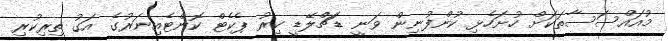
މުއައްސަސާތަކަށް ހުށަހެޅި ކުންފުނިން ވަނީ ޑަޗްލޭޑީ ކިރު ޕެކެޓް ކޮންޓެއިނަރުގެ އަގު ތިރިކުރި